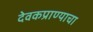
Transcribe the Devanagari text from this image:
देवकप्राण्याचा